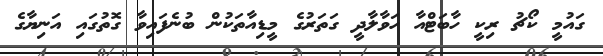
ގައުމީ ކޯޗު ރިކީ ހާބަޓްއާ ހަވާލާދީ ގަތަރުގެ މީޑިއާތަކުން ބުނެފައިވާ ގޮތުގައި އަނިޔާގެ